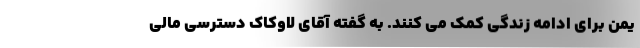
یمن برای ادامه زندگی کمک می کنند. به گفته آقای لاوکاک دسترسی مالی